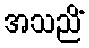
အသညိံ